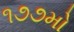
૧૭૭મો